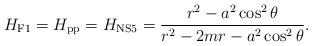
LaTeX: \begin{align*}H_{\rm F1}=H_{\rm pp}=H_{\rm NS5}={{r^2-a^2\cos^2\theta}\over{r^2-2mr-a^2\cos^2\theta}}.\end{align*}